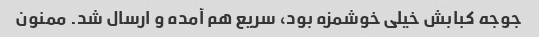
جوجه کبابش خیلی خوشمزه بود، سریع هم آمده و ارسال شد. ممنون